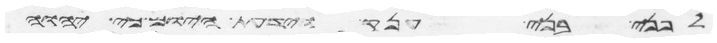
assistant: לפני בני ענק וידעת היום כי יהוה